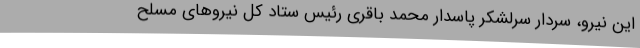
این نیرو، سردار سرلشکر پاسدار محمد باقری رئیس ستاد کل نیروهای مسلح